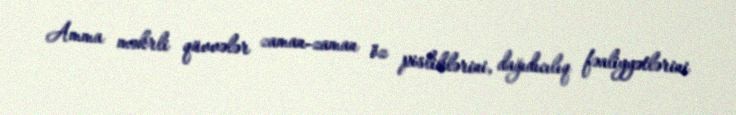
Amma məkrli qüvvələr zaman-zaman öz pisliklərini, dağıdıcılıq fəaliyyətlərini